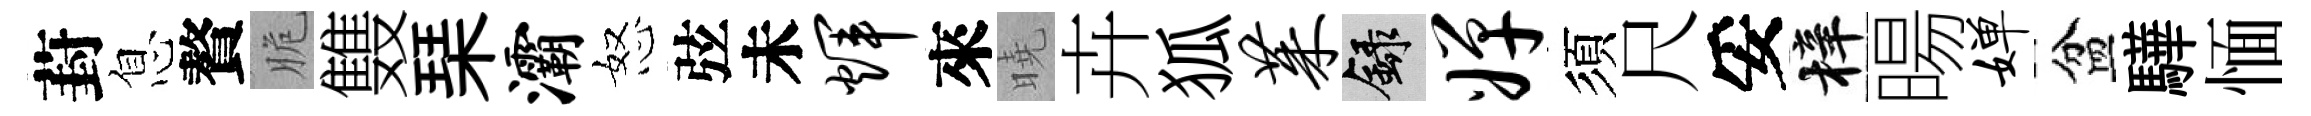
葑息贅脆䨇琹灞怒弦未辉來曉卉狐茱録婵須尺妥梓暘婵盆驊愐